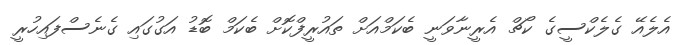
އެލެއޭ ގެލެކްސީގެ ކޯޗް އެރީނާވަނީ ބެކަމްއަށް ތައުރީފްކޮށް ބެކަމް ބޮޑު އަގުގައި ގެނެސްފައިހުރީ